Report on vaccination in the Province of Bengal - 1874-1889
Year: 1874
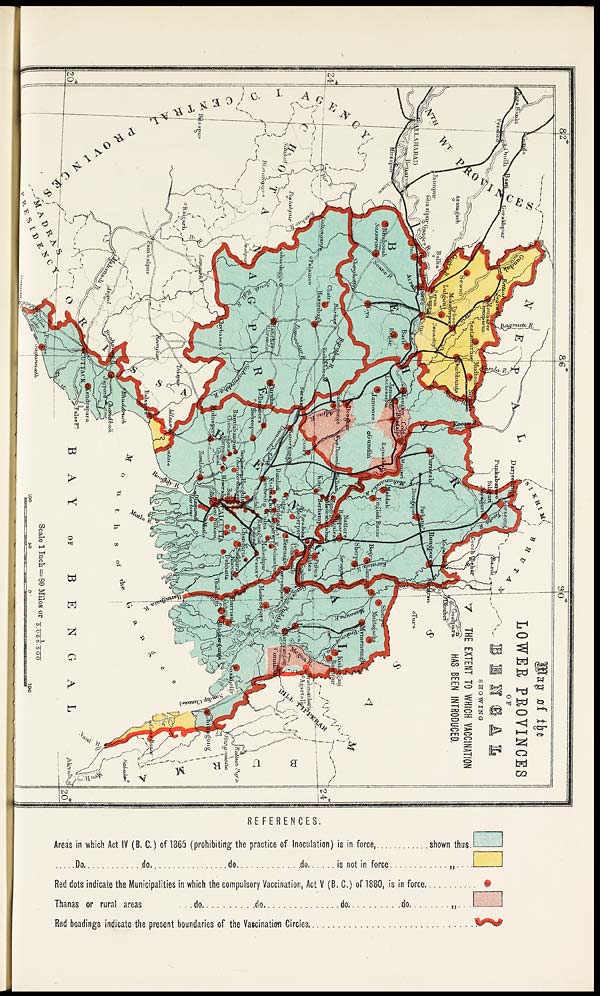
REFERENCES.